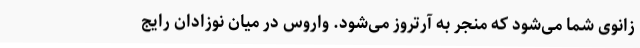
زانوی شما می‌شود که منجر به آرتروز می‌شود. واروس در میان نوزادان رایج